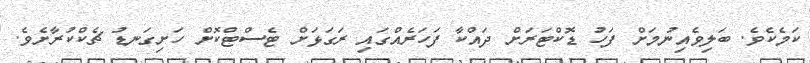
ކަމެކެވެ. ބަލިވެއިނުމަށް ފަހު ޑޮކްޓަރަށް ދައްކާ ފަހަރެއްގައި ރަގަޅަށް ޓެސްޓްކޮށް ހަށިގަނޑު ޗެކްކުރާށެވެ.